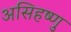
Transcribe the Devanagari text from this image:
असिहष्णु